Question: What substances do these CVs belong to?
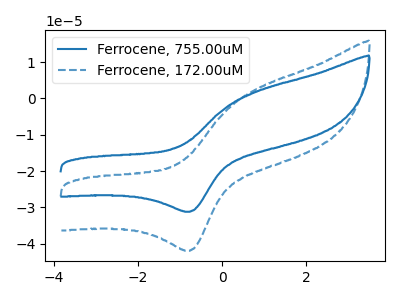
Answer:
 <answer>The blue curve is labeled "Ferrocene, 755.00uM". The blue dashed curve is labeled "Ferrocene, 172.00uM".</answer>
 <eval></eval>